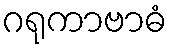
ဂရုကာဗာဓံ